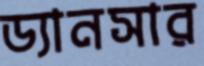
ড্যানসার